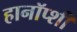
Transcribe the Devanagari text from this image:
हानॉप्शी